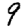
Digit: 9